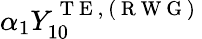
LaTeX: \alpha_{1}Y_{10}^{\mathrm{~T~E~,~(~R~W~G~)~}}